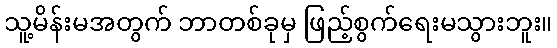
သူ့မိန်းမအတွက် ဘာတစ်ခုမှ ဖြည့်စွက်ရေးမသွားဘူး။